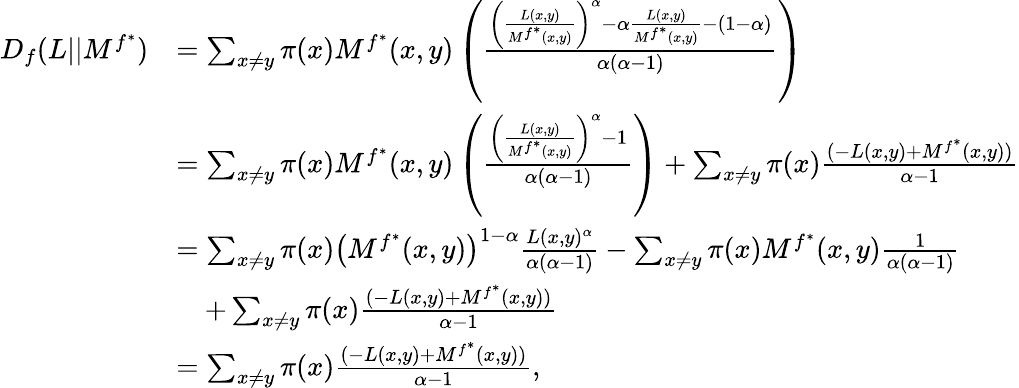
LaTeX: \begin{array}{rl}{D_{f}(L||M^{f^{*}})}&{=\sum_{x\neq y}\pi(x)M^{f^{*}}(x,y)\left(\frac{\left(\frac{L(x,y)}{M^{f^{*}}(x,y)}\right)^{\alpha}-\alpha\frac{L(x,y)}{M^{f^{*}}(x,y)}-(1-\alpha)}{\alpha(\alpha-1)}\right)}\\ &{=\sum_{x\neq y}\pi(x)M^{f^{*}}(x,y)\left(\frac{\left(\frac{L(x,y)}{M^{f^{*}}(x,y)}\right)^{\alpha}-1}{\alpha(\alpha-1)}\right)+\sum_{x\neq y}\pi(x)\frac{(-L(x,y)+M^{f^{*}}(x,y))}{\alpha-1}}\\ &{=\sum_{x\neq y}\pi(x)\left(M^{f^{*}}(x,y)\right)^{1-\alpha}\frac{L(x,y)^{\alpha}}{\alpha(\alpha-1)}-\sum_{x\neq y}\pi(x)M^{f^{*}}(x,y)\frac{1}{\alpha(\alpha-1)}}\\ &{\quad+\sum_{x\neq y}\pi(x)\frac{(-L(x,y)+M^{f^{*}}(x,y))}{\alpha-1}}\\ &{=\sum_{x\neq y}\pi(x)\frac{(-L(x,y)+M^{f^{*}}(x,y))}{\alpha-1},}\end{array}